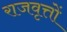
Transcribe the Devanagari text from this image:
राजवृत्तों